Vaccination in the Punjab 1905-1918 - 1905-1918
Year: 1905
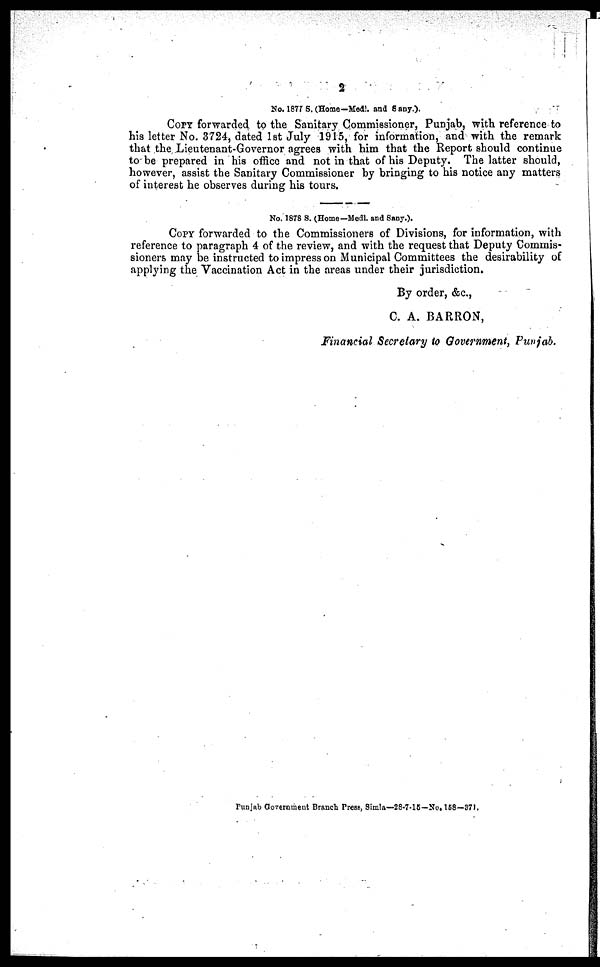
2
No. 1877 S. (Home—Modl. and 8 any.).
COPY forwarded to the Sanitary Commissioner, Punjab, with reference to
his letter No. 3724, dated 1st July 1915, for information, and with the remark
that the Lieutenant-Governor agrees with him that the Report should continue
to be prepared in his office and not in that of his Deputy. The latter should,
however, assist the Sanitary Commissioner by bringing to his notice any matters
of interest he observes during his tours.
No. 1878 S. (Home—Medl. and Sany.).
COPY forwarded to the Commissioners of Divisions, for information, with
reference to paragraph 4 of the review, and with the request that Deputy Commis-
sioners may be instructed to impress on Municipal Committees the desirability of
applying the Vaccination Act in the areas under their jurisdiction.
By order, &c.,
C. A. BARRON,
Financial Secretary to Government, Punjab.
Punjab Government Branch Press, Simla—28-7-15—No. 168—371.